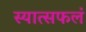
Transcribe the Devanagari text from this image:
स्यात्सफलं